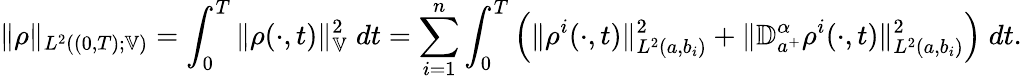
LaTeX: \begin{array}{r}{\| \rho\| _{L^{2}((0,T);\mathbb{V})}=\displaystyle\int_{0}^{T}\| \rho(\cdot,t)\| _{\mathbb{V}}^{2}\; dt=\displaystyle\sum_{i=1}^{n}\int_{0}^{T}\left(\| \rho^{i}(\cdot,t)\| _{L^{2}(a,b_{i})}^{2}+\| {\mathbb D}_{a^{+}}^{\alpha}\rho^{i}(\cdot,t)\| _{L^{2}(a,b_{i})}^{2}\right)\; dt.}\end{array}